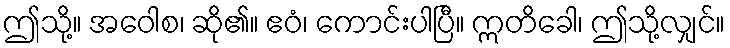
ဤသို့။ အဝေါစ၊ ဆို၏။ ဧဝံ၊ ကောင်းပါပြီ။ ဣတိခေါ၊ ဤသို့လျှင်။